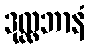
ဒုလ္လဘာနံ